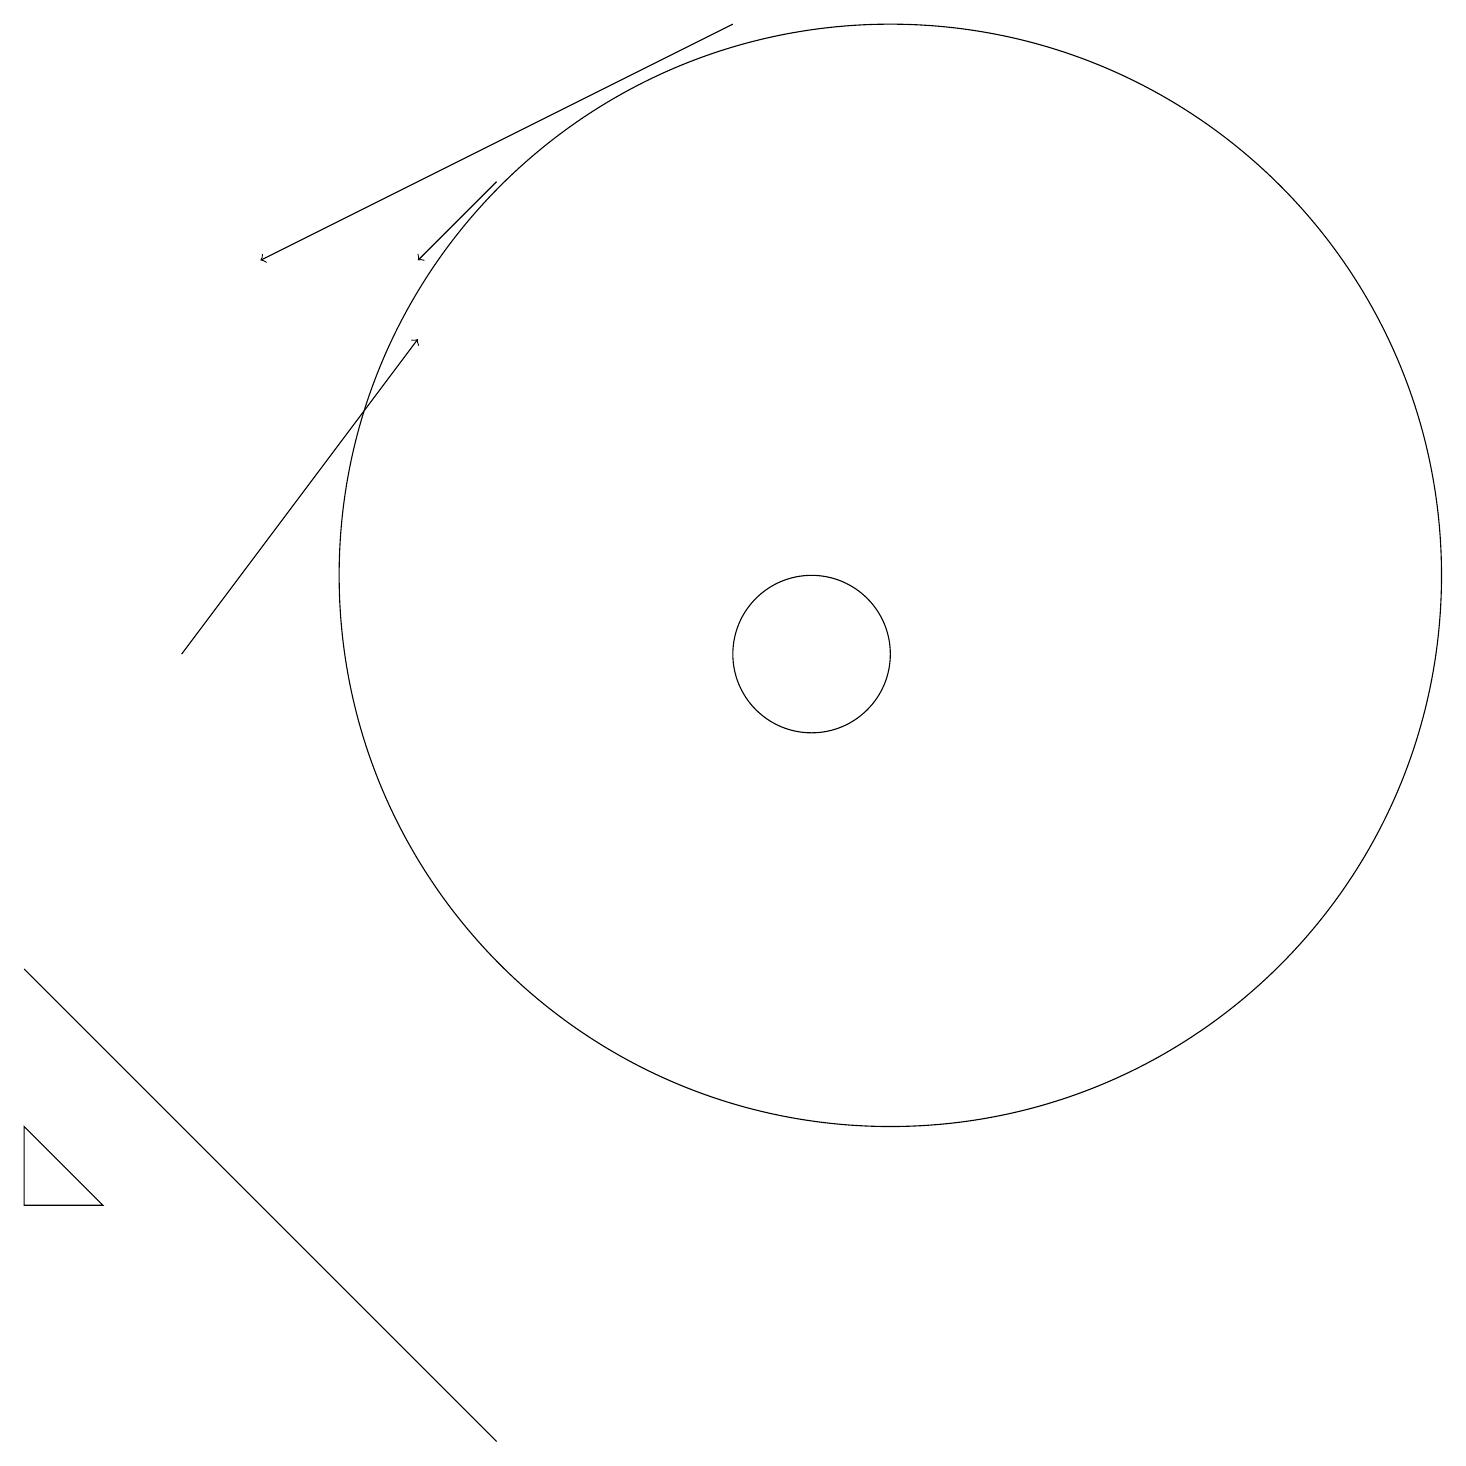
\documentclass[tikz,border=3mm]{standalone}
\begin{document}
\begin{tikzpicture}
\draw[->] (6,17) -- (5,16);
\draw (11,12) circle (7);
\draw (0,7) -- (0,7) -- (6,1) -- cycle;
\draw (10,11) circle (1);
\draw (0,4) -- (1,4) -- (0,5) -- cycle;
\draw[->] (9,19) -- (3,16);
\draw[->] (2,11) -- (5,15);
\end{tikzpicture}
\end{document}